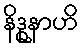
နိဒ္ဓုနာဟိ